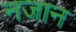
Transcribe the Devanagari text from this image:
नजान